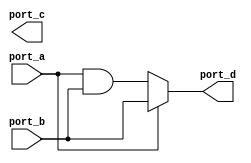
module OTP_NO_USED (port_a, port_b, port_c, port_d);
   input port_a;
   input port_b;
   output reg port_c;
   output reg port_d;

   always @ (port_a or port_b)
   case (port_a)
      1'b1 : port_d = port_b;
      default : port_d = port_a & port_b;
   endcase
endmodule